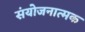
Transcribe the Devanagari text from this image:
संयोजनात्मक